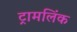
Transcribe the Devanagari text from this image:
ट्रामलिंक